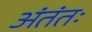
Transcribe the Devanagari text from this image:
अंतंतः